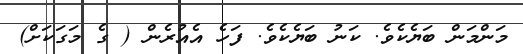
މަންމަން ބަޔެކެވެ. ކަނު ބަޔެކެވެ. ފަހެ އެއުރެން ( ގެ މަގަކަށް)